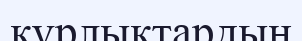
құрлықтардың